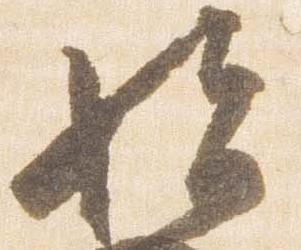
始